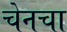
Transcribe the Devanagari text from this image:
चेनचा